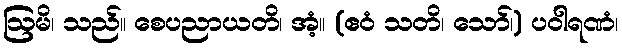
ဩမိ၊ သည်။ စေပညာယတိ၊ အံ့။ (ဧဝံ သတိ၊ သော်၊) ပဝါရဏံ၊